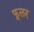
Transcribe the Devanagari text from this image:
फूलर